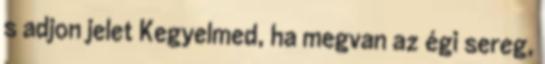
s adjon jelet Kegyelmed, ha megvan az égi sereg,